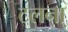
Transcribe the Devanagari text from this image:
टलना